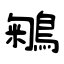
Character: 鵴